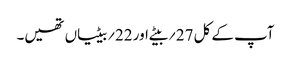
آپ کے کل 27؍بیٹے اور 22؍بیٹیاں تھیں۔